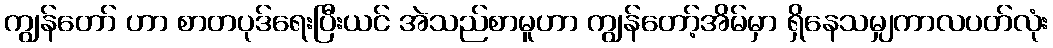
ကျွန်တော် ဟာ စာတပုဒ်ရေးပြီးယင် အဲသည်စာမူဟာ ကျွန်တော့်အိမ်မှာ ရှိနေသမျှကာလပတ်လုံး